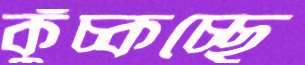
কুঁচ্‌কচ্ছে